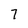
Character: 7